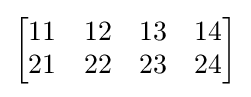
{\begin{bmatrix}11&12&13&14\\21&22&23&24\end{bmatrix}}